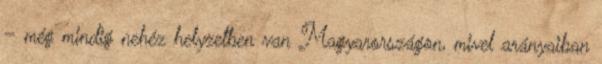
– még mindig nehéz helyzetben van Magyarországon, mivel arányaiban